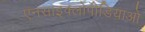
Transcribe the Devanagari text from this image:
एनसाइक्लोपीडियाओ